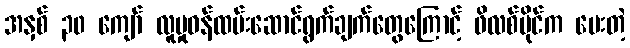
အနှစ် ၃၀ ကျော် လူမှုဝန်ထမ်းဆောင်ရွက်ချက်တွေကြောင့် ဖိလစ်ပိုင်က ပေးတဲ့